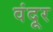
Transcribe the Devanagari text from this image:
वंदूर